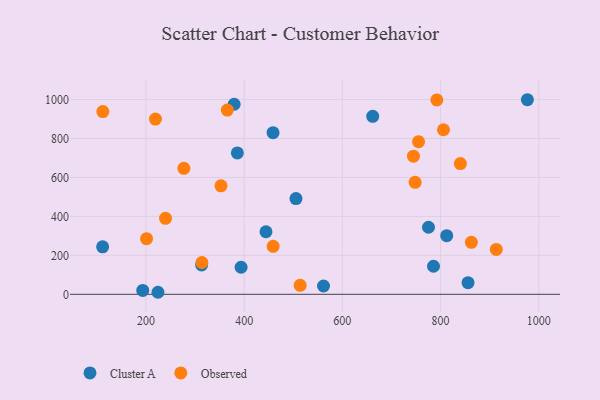
{"axis": {"x": "Ad Spend", "y": "Yield"}, "legend": ["Cluster A", "Observed"], "data": [{"x": "505.5", "y": 491.7, "type": "Cluster A"}, {"x": "224.4", "y": 10.4, "type": "Cluster A"}, {"x": "458.8", "y": 829.9, "type": "Cluster A"}, {"x": "855.9", "y": 59.9, "type": "Cluster A"}, {"x": "393.7", "y": 138.8, "type": "Cluster A"}, {"x": "775.4", "y": 344.3, "type": "Cluster A"}, {"x": "561.6", "y": 42.5, "type": "Cluster A"}, {"x": "313.3", "y": 150.5, "type": "Cluster A"}, {"x": "976.8", "y": 999.0, "type": "Cluster A"}, {"x": "379.6", "y": 975.8, "type": "Cluster A"}, {"x": "785.6", "y": 143.9, "type": "Cluster A"}, {"x": "193.4", "y": 20.1, "type": "Cluster A"}, {"x": "661.8", "y": 913.9, "type": "Cluster A"}, {"x": "386.1", "y": 725.7, "type": "Cluster A"}, {"x": "444.4", "y": 321.1, "type": "Cluster A"}, {"x": "812.5", "y": 300.8, "type": "Cluster A"}, {"x": "111.7", "y": 243.5, "type": "Cluster A"}, {"x": "313.9", "y": 163.3, "type": "Observed"}, {"x": "748.2", "y": 575.0, "type": "Observed"}, {"x": "239.8", "y": 389.9, "type": "Observed"}, {"x": "352.8", "y": 556.8, "type": "Observed"}, {"x": "840.3", "y": 671.2, "type": "Observed"}, {"x": "112.1", "y": 938.2, "type": "Observed"}, {"x": "365.7", "y": 946.0, "type": "Observed"}, {"x": "792.4", "y": 997.9, "type": "Observed"}, {"x": "913.4", "y": 230.5, "type": "Observed"}, {"x": "862.7", "y": 267.0, "type": "Observed"}, {"x": "514.0", "y": 45.9, "type": "Observed"}, {"x": "201.2", "y": 285.4, "type": "Observed"}, {"x": "459.0", "y": 246.5, "type": "Observed"}, {"x": "744.8", "y": 709.4, "type": "Observed"}, {"x": "755.2", "y": 783.6, "type": "Observed"}, {"x": "805.9", "y": 844.8, "type": "Observed"}, {"x": "277.2", "y": 646.7, "type": "Observed"}, {"x": "219.3", "y": 899.5, "type": "Observed"}]}